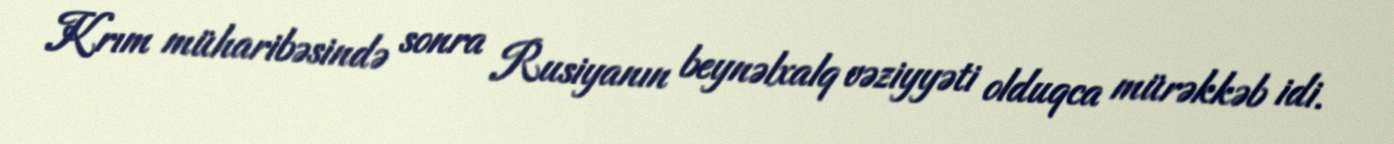
Krım müharibəsində sonra Rusiyanın beynəlxalq vəziyyəti olduqca mürəkkəb idi.